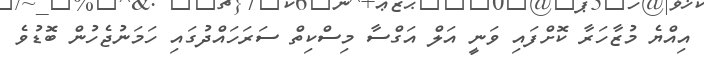
އިއްޔެ މުޒާހަރާ ކޮށްފައި ވަނީ އަލް އަގްސާ މިސްކިތް ސަރަހައްދުގައި ހަމަނުޖެހުން ބޮޑުވެ